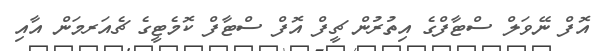
އޮފް ނޭވަލް ސްޓާފްގެ އިތުރުން ޗީފް އޮފް ސްޓާފް ކޮމެޓީގެ ޗެއަރމަން އާއި